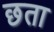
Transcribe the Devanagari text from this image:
छता